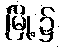
မြို့၌